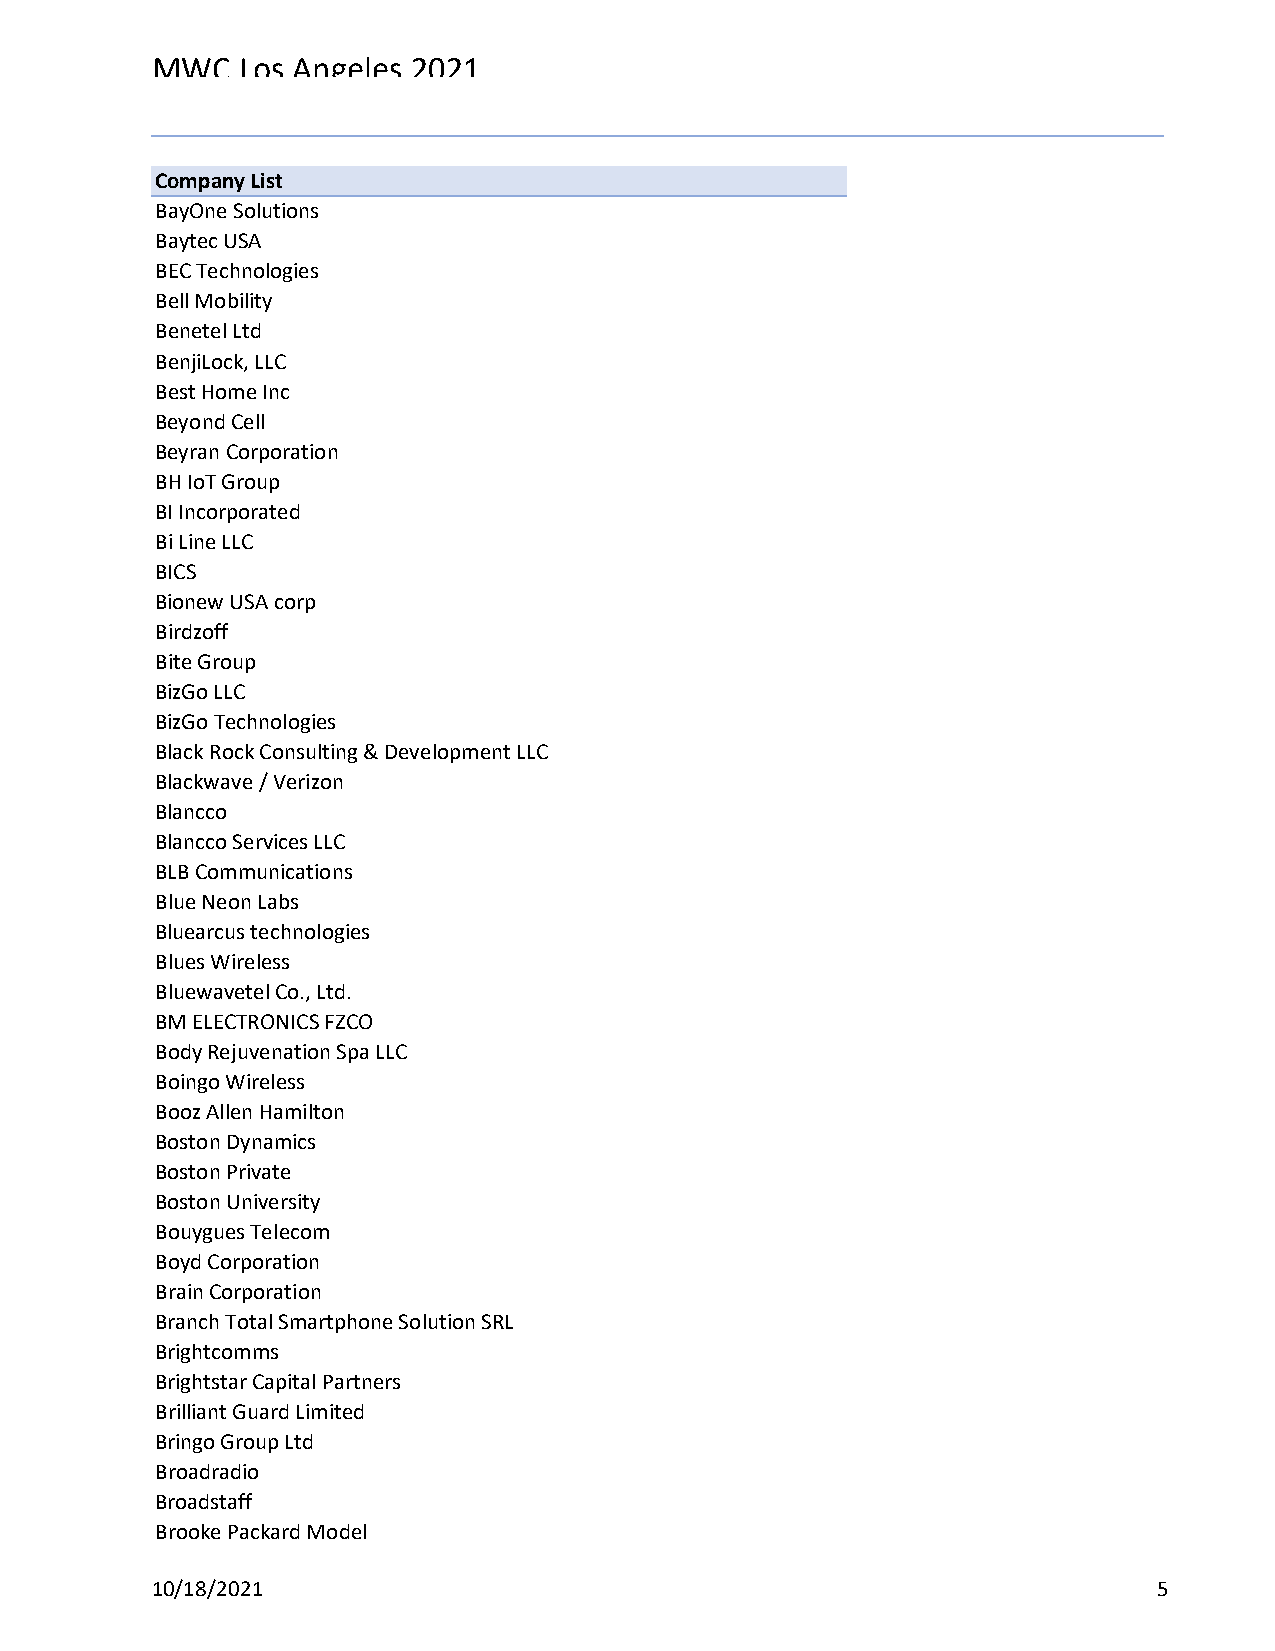
MWC   Los Angeles 2021
 Reg Status                                    Registration Complete
 Code Description                              (Multiple Items)
 Company List
 BayOne Solutions
 Baytec USA
 BEC Technologies
 Bell Mobility
 Benetel Ltd
 BenjiLock, LLC
 Best Home Inc
 Beyond Cell
 Beyran Corporation
 BH IoT Group
 BI Incorporated
 Bi Line LLC
 BICS
 Bionew USA corp
 Birdzoff
 Bite Group
 BizGo LLC
 BizGo Technologies
 Black Rock Consulting & Development LLC
 Blackwave / Verizon
 Blancco
 Blancco Services LLC
 BLB Communications
 Blue Neon Labs
 Bluearcus technologies
 Blues Wireless
 Bluewavetel Co., Ltd.
 BM ELECTRONICS FZCO
 Body Rejuvenation Spa LLC
 Boingo Wireless
 Booz Allen Hamilton
 Boston Dynamics
 Boston Private
 Boston University
 Bouygues Telecom
 Boyd Corporation
 Brain Corporation
 Branch Total Smartphone Solution SRL
 Brightcomms
 Brightstar Capital Partners
 Brilliant Guard Limited
 Bringo Group Ltd
 Broadradio
 Broadstaff
 Brooke Packard Model
 10/18/2021                                                         5